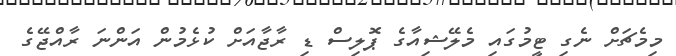
މިމެޗަށް ނެގި ޓީމުގައި މެލޭޝިއާގެ ޕޮލިސް ޑި ރާޖާއަށް ކުޅެމުން އަންނަ ރާއްޖޭގެ